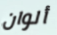
ألوان